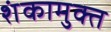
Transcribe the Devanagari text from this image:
शंकामुक्त